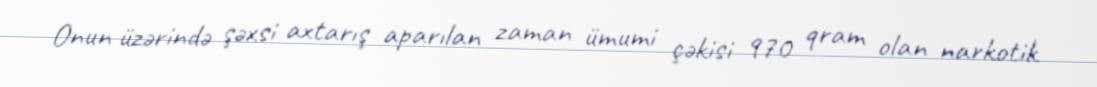
Onun üzərində şəxsi axtarış aparılan zaman ümumi çəkisi 970 qram olan narkotik